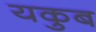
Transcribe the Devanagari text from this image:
यकुब